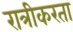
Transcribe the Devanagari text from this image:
रात्रीकरता